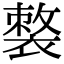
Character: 𧜌